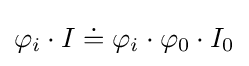
\varphi _{i}\cdot I\doteq \varphi _{i}\cdot \varphi _{0}\cdot I_{0}